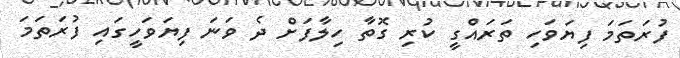
ފުރަތަމަ ފިޔަވަހި ތަރައްގީ ކުރި ގޮތާ ހިލާފަށް ދެ ވަނަ ފިޔަވަހީގައި ފުރަތަމަ